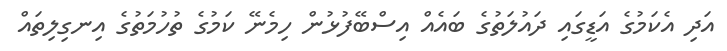
އަދި އެކަމުގެ އަޑީގައި ދައުލަތުގެ ބައެއް އިސްބޭފުޅުން ހިމެނޭ ކަމުގެ ތުހުމަތުގެ އިނގިލިތައް